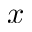
x